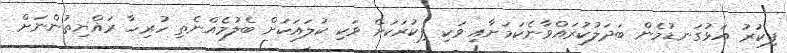
ފިކުރު އަޅުގަނޑުމެން ބަދަލުކުރައްވާނެކަމަށާއި ވަކި ފިކުރަކަށް ވަކި ކުލައަކަށް ބެލުމެއްނެތި ހުރިހާ ރައްޔިތުންނަށް